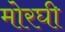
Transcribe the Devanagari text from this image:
मोरघी